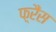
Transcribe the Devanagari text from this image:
फ़्रैंस